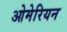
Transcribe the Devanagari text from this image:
ओमेरियन